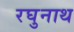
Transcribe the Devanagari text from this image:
रघुनाथ